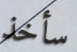
سأخذ